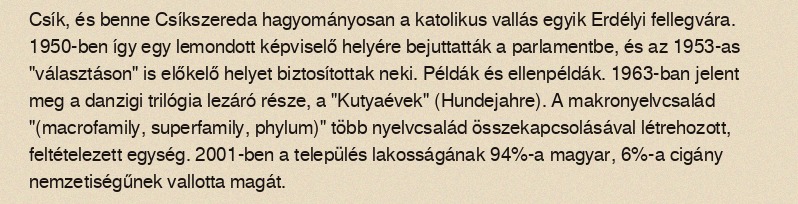
Csík, és benne Csíkszereda hagyományosan a katolikus vallás egyik Erdélyi fellegvára. 1950-ben így egy lemondott képviselő helyére bejuttatták a parlamentbe, és az 1953-as "választáson" is előkelő helyet biztosítottak neki. Példák és ellenpéldák. 1963-ban jelent meg a danzigi trilógia lezáró része, a "Kutyaévek" (Hundejahre). A makronyelvcsalád "(macrofamily, superfamily, phylum)" több nyelvcsalád összekapcsolásával létrehozott, feltételezett egység. 2001-ben a település lakosságának 94%-a magyar, 6%-a cigány nemzetiségűnek vallotta magát.